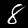
Label: 8